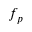
f _ { p }